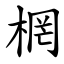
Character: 棢